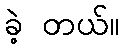
ခဲ့ တယ်။